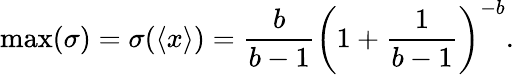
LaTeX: \operatorname*{max}(\sigma)=\sigma(\langle x\rangle)=\frac{b}{b-1}\left(1+\frac{1}{b-1}\right)^{-b}.